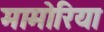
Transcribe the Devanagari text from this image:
मामोरिया